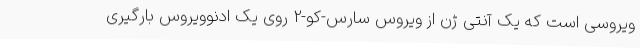
ویروسی است که یک آنتی ژن از ویروس سارس-کو-2 روی یک ادنوویروس بارگیری